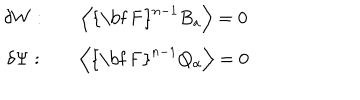
LaTeX: \begin{array} { c c c } { { \delta W : } } & { { } } & { { \left\langle \mathrm { { \bf ~ F } } ^ { n - 1 } B _ { a } \right\rangle = 0 } } \\ { { \delta \Psi : } } & { { } } & { { \left\langle \mathrm { { \bf ~ F } } ^ { n - 1 } Q _ { \alpha } \right\rangle = 0 } } \\ \end{array}